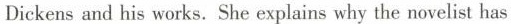
Dickensand his works. She explains why the novelist has